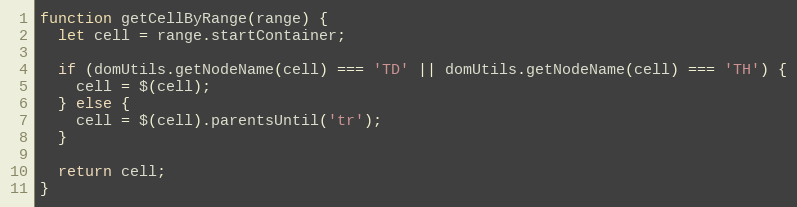
Language: JavaScript
function getCellByRange(range) {
  let cell = range.startContainer;

  if (domUtils.getNodeName(cell) === 'TD' || domUtils.getNodeName(cell) === 'TH') {
    cell = $(cell);
  } else {
    cell = $(cell).parentsUntil('tr');
  }

  return cell;
}